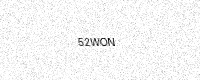
Text: 52WON